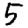
Digit: 5